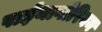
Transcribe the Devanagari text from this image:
पाईथागोरियन